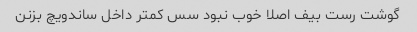
گوشت رست بیف اصلا خوب نبود سس کمتر داخل ساندویچ بزنن